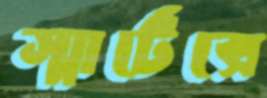
স্মার্টেক্সে